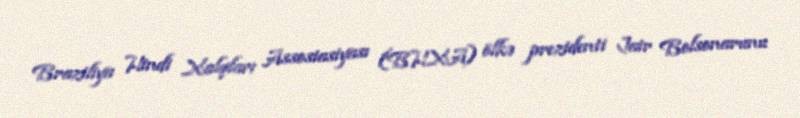
Braziliya Hindi Xalqları Assosiasiyası (BHXA) ölkə prezidenti Jair Bolsonarunu